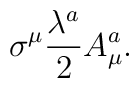
\sigma^{\mu}  \frac{\lambda^{a}}{2} A_{\mu}^{a}.